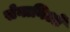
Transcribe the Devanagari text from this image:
सेनानिओं